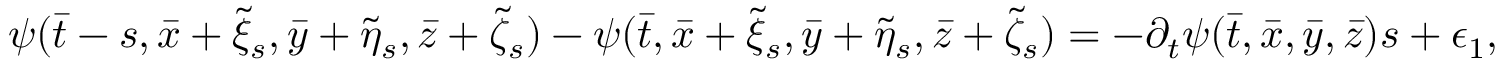
\psi ( \bar { t } - s , \bar { x } + \tilde { \xi } _ { s } , \bar { y } + \tilde { \eta } _ { s } , \bar { z } + \tilde { \zeta } _ { s } ) - \psi ( \bar { t } , \bar { x } + \tilde { \xi } _ { s } , \bar { y } + \tilde { \eta } _ { s } , \bar { z } + \tilde { \zeta } _ { s } ) = - \partial _ { t } \psi ( \bar { t } , \bar { x } , \bar { y } , \bar { z } ) s + \epsilon _ { 1 } ,